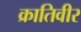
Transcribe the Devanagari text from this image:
क्रातिवीर